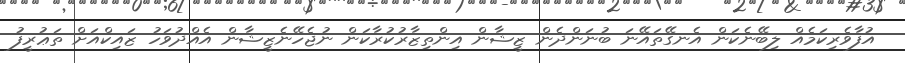
އުފާވެރިކަމެއް ލިބޭނެކަން އެނގޭތައޭނަ ބުނަންދެން ޒީޝާން އިންތިޒާރުކުރާކަން ނުޖެހޭނެޒީޝާން އެއްދުވަހު ޒައިކްއަށް ތަޢުރީފު